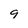
Character: 9